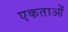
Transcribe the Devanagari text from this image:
एकताओं